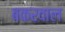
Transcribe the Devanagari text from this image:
बकरवाल